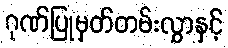
ဂုဏ်ပြုမှတ်တမ်းလွှာနှင့်